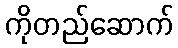
ကိုတည်ဆောက်